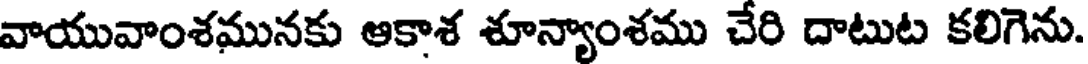
వాయువాంశమునకు ఆకాశ శూన్యాంశము చేరి దాటుట కలిగెను.